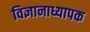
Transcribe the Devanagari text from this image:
विज्ञानाध्यापक